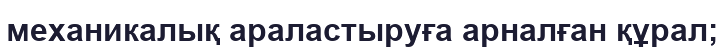
механикалық араластыруға арналған құрал;